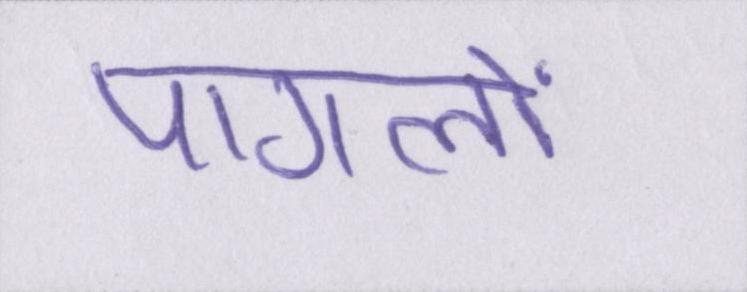
पागलों